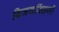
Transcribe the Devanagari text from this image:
बिजयसिंहजी